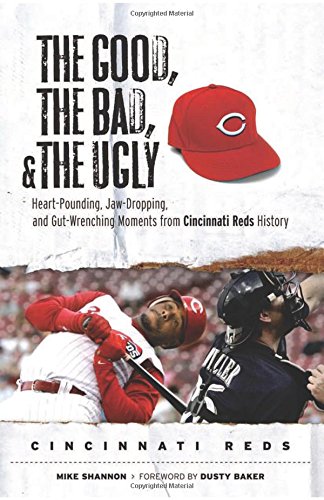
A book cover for The Good, the Bad, & the Ugly: Cincinnati Reds: Heart-Pounding, Jaw-Dropping, and Gut-Wrenching Moments from Cincinnati Reds History; Mike Shannon; Travel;